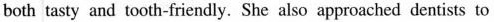
both tasty and tooth-friendly. She also approached dentists to